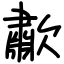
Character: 歗